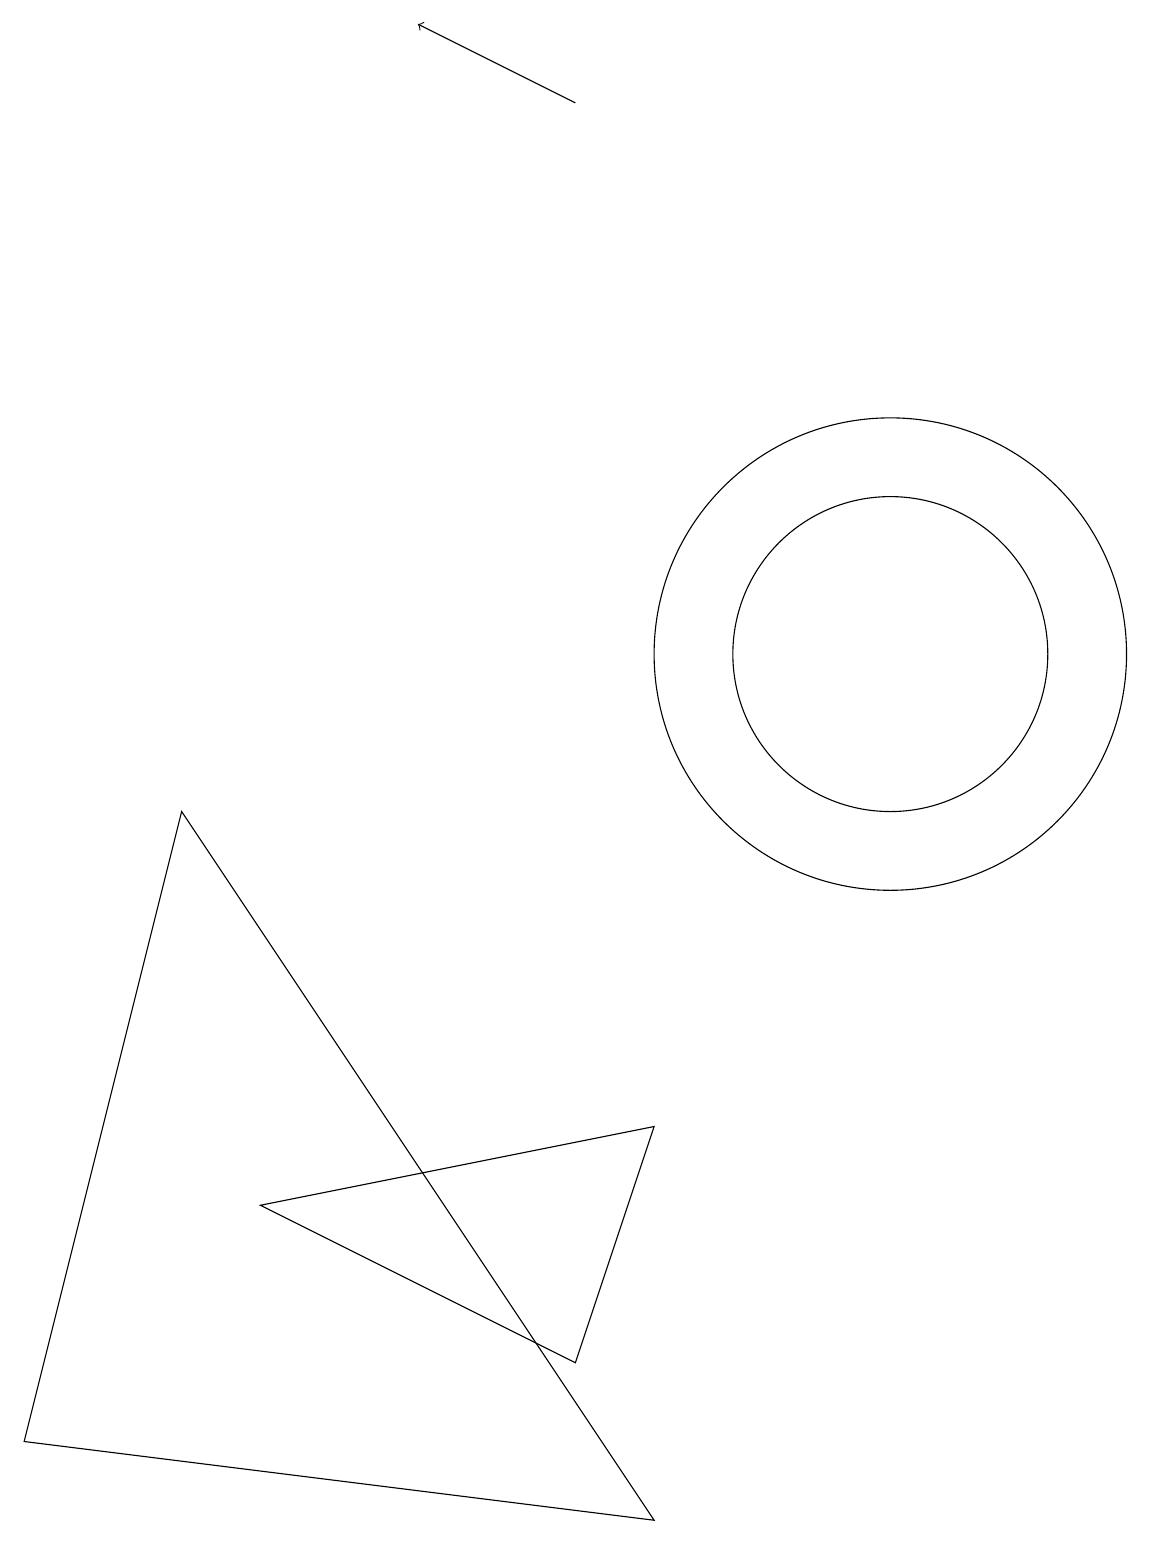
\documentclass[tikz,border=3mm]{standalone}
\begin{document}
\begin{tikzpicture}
\draw (11,10) circle (0);
\draw (12,11) circle (2);
\draw (12,11) circle (3);
\draw[->] (8,18) -- (6,19);
\draw (4,4) -- (8,2) -- (9,5) -- cycle;
\draw (9,0) -- (1,1) -- (3,9) -- cycle;
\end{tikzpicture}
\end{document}